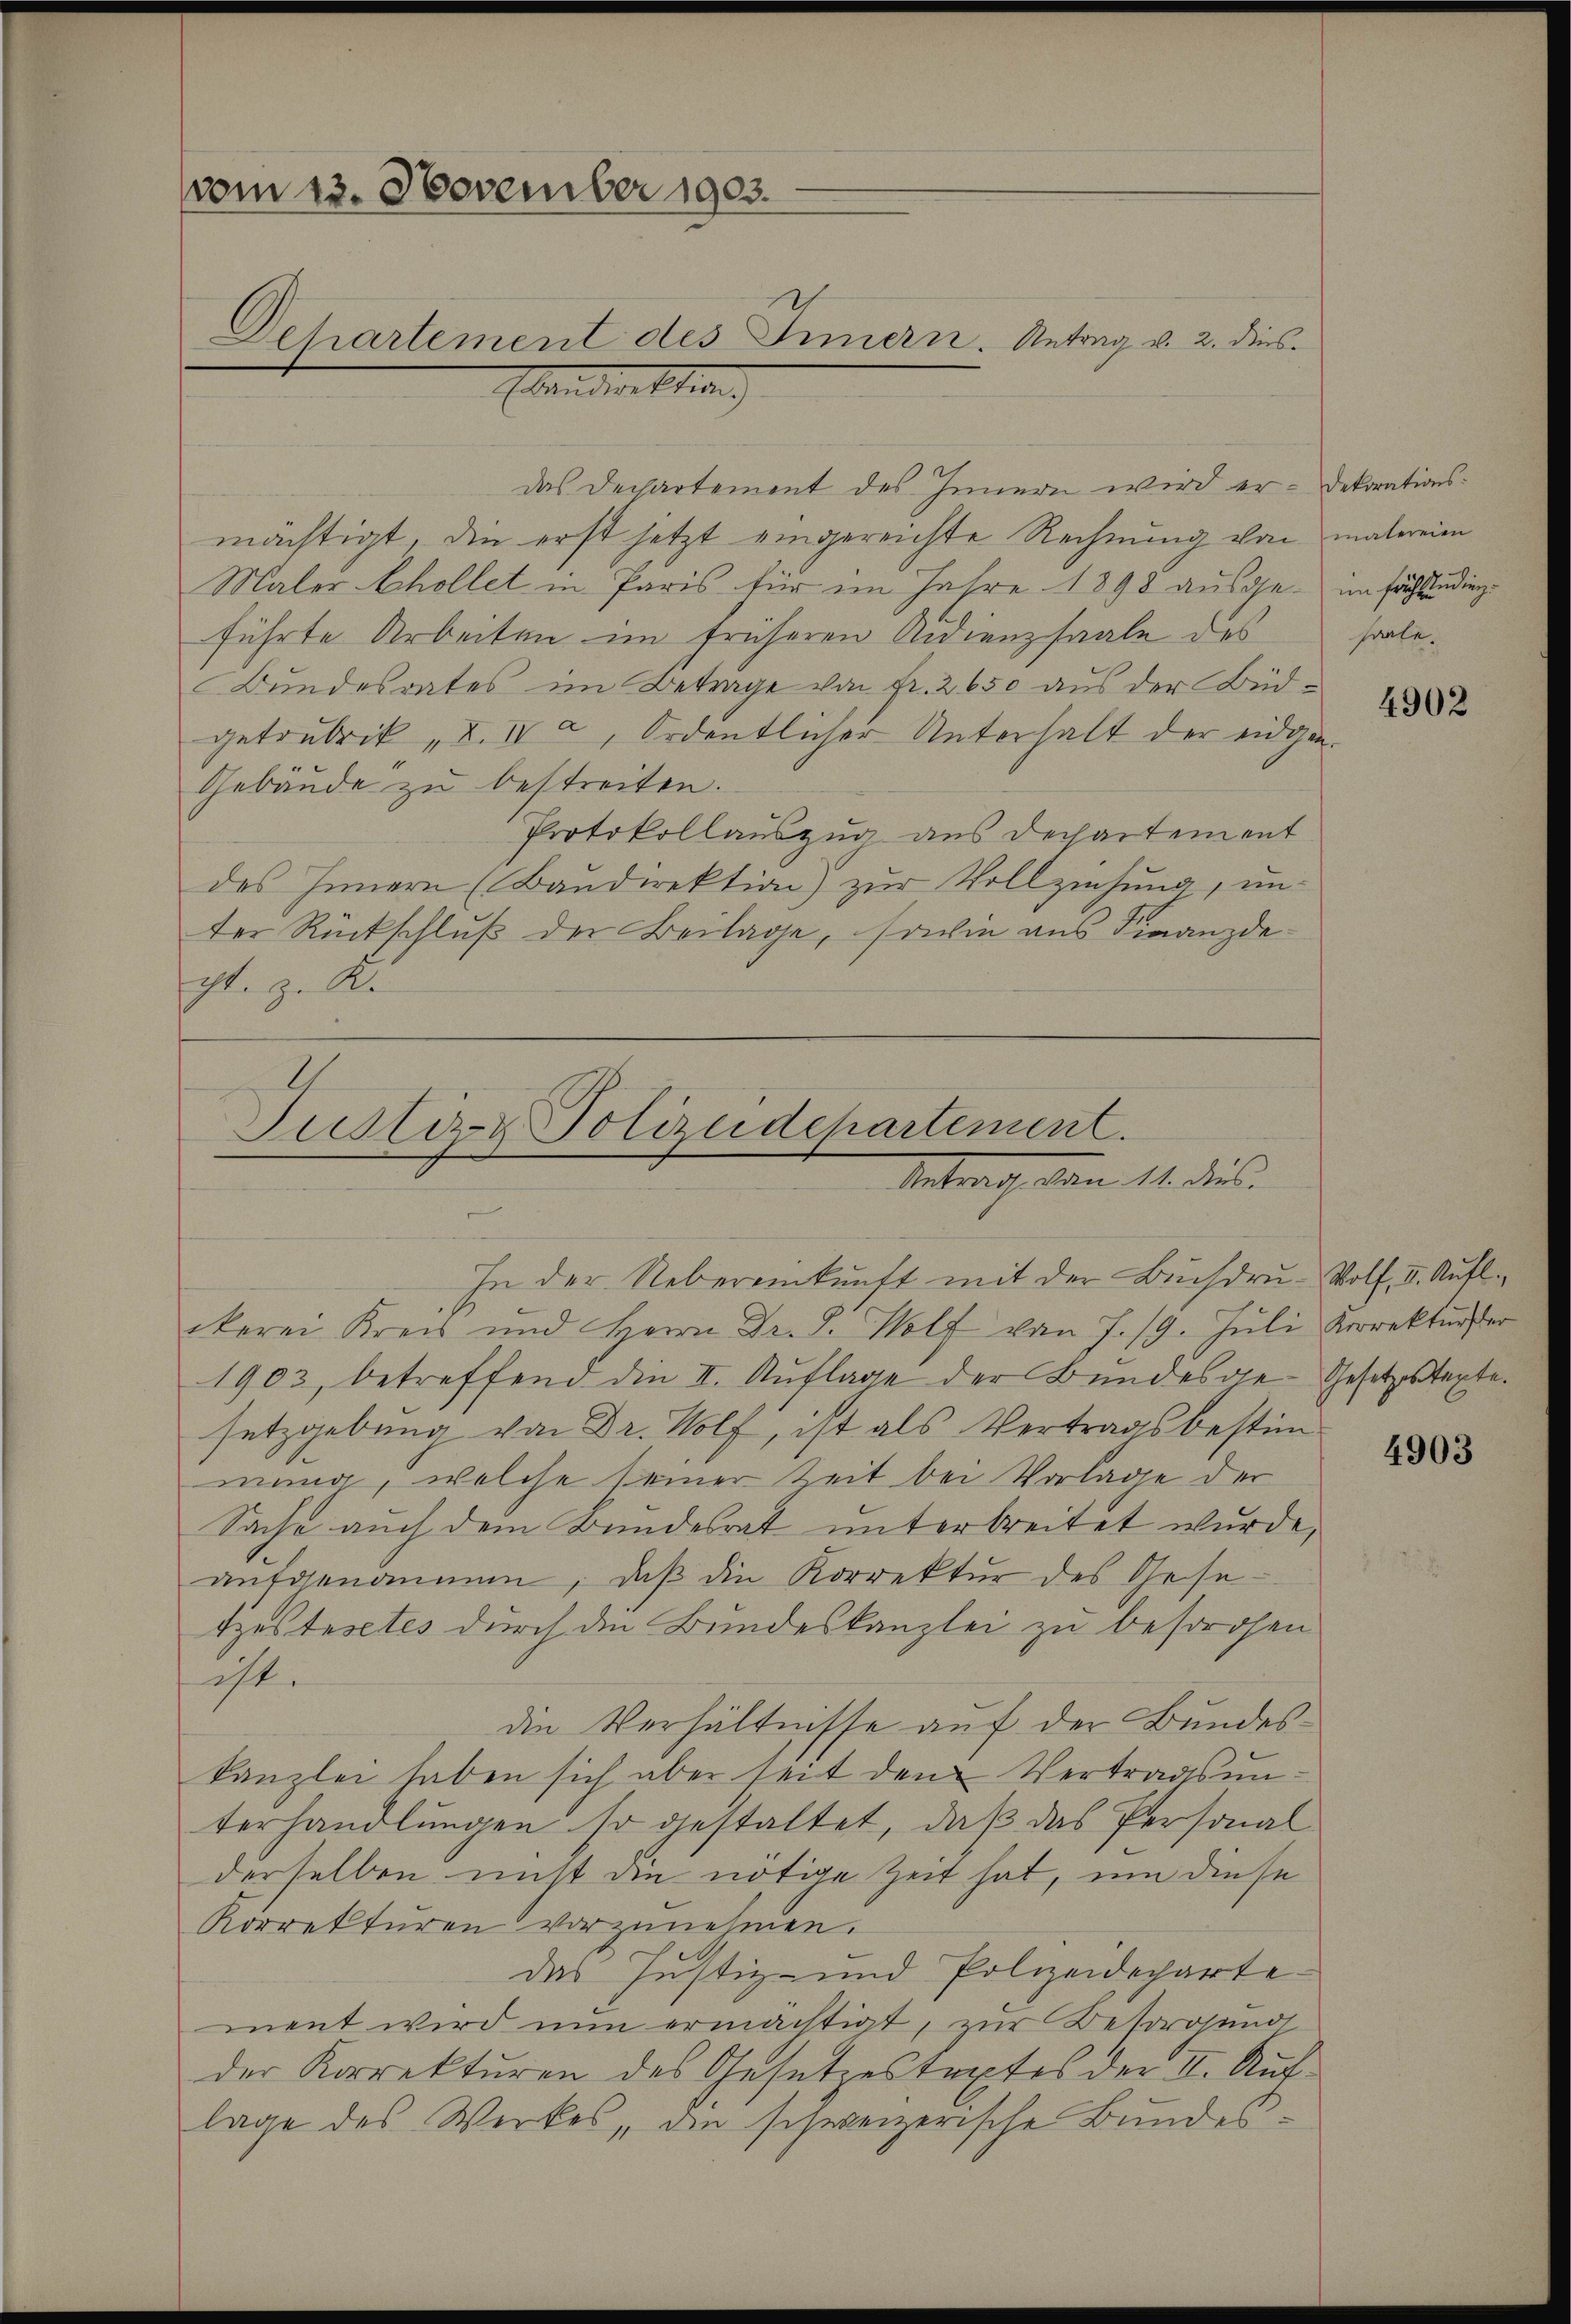
vom 23. November 1903.
Dehartement des Innern. Antrag v. 2. dies
Man der Stier,

das Dechartement des Innern wird er-Dekorationsmächtigt, die erst jetzt eingereichte Rechnung von malereien
Maler Schollet in Paris für im Jahre 1898 ausge- im Fuchstudien
führte Arbeiten im früheren Audienzsaale des
Bundesrates im Betrage von Fr. 2650 aus der Büdgetrubrik „I.IVa, Ordentlicher Unterhalt der eidgen¬
Gebäude zu bestreiten.
Protokollauszug aus Dechartement
des Innern (Baŭdirektion) zŭr Vollziehung, unter Rückschluß der Beilage, sowie aus Finanzdechte zu Re

l
Justiz- & Polizeidepartement.
Uetrach dem 14. dies
In der Uebereinkunft mit der Buchdru- Wolf, I. Aufl.

ckerei Kreis und Herrn Dr. S. Wolf von 7. 19. Juli Korrekturster
1903, betreffend die II. Auflage der Bundesde-Gesetzestexte
setzgebung von Dr. Wolf, ist als Vertragsbestimmung, welche seiner Zeit bei Vorlage der
Sache auch dem Bundesrat unterbreitet wurde,
aŭfgenommen, daβ die Korrektur des Gesetzes testes durch den Bundeskanzlei zu besorgen
ist.
die Verhältnisse auf der Bundeskanzlei haben sich aber seit dem Vertragsunterhandlungen so gestaltet, daß das Personal
derselben nicht die nötige Zeit hat, um diese
Korrekturen vorzunehmen.
das Justiz- und Polizeidechartement wird nun ermächtigt, zur Besorosung
der Korrekturen des Gesetzestextes der II. Auch
lage des Werkes, die schweizerische Bundes¬

hatte.

4902

4903